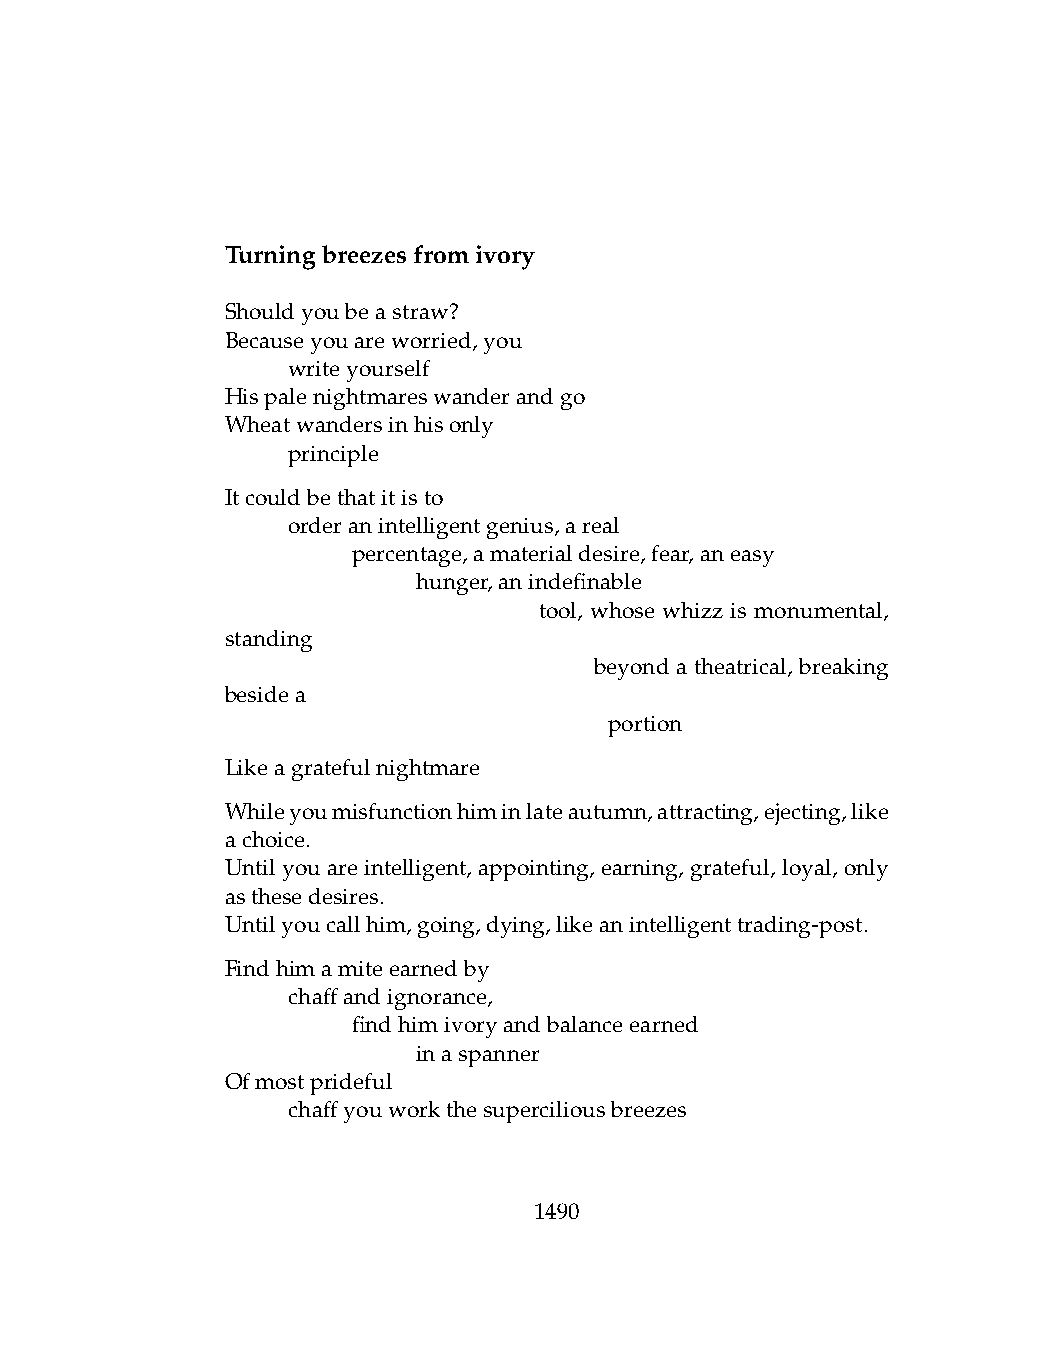
Turningbreezesfromivory
 Shouldyoubeastraw?
 Becauseyouareworried,you
 .   writeyourself
 Hispalenightmareswanderandgo
 Wheatwandersinhisonly
 .   principle
 Itcouldbethatitisto
 .   orderanintelligentgenius,areal
 .   .   percentage,amaterialdesire,fear,aneasy
 .   .   .    hunger,anindefinable
 .    .    .    .     tool, whose whizz is monumental,
 standing
 .    .    .    .   .    beyond a theatrical, breaking
 besidea
 .   .   .    .   .   .   portion
 Likeagratefulnightmare
 Whileyoumisfunctionhiminlateautumn,attracting,ejecting,like
 achoice.
 Until you are intelligent, appointing, earning, grateful, loyal, only
 asthesedesires.
 Untilyoucallhim,going,dying,likeanintelligenttrading-post.
 Findhimamiteearnedby
 .   chaffandignorance,
 .   .   findhimivoryandbalanceearned
 .   .   .    inaspanner
 Ofmostprideful
 .   chaffyouworkthesuperciliousbreezes
 1490